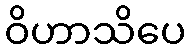
ဝိဟာသိပေ